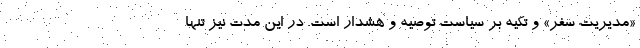
«مدیریت سفر» و تکیه بر سیاستِ توصیه و هشدار است. در این مدت نیز تنها